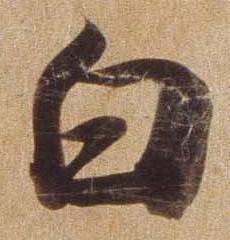
白